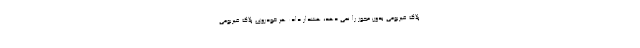
پلاک غیربومی بدون مجوز را نمی دهد، هشدار داد: هر خودروی پلاک غیربومی